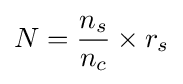
N={\frac {n_{s}}{n_{c}}}\times r_{s}